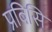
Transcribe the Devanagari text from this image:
प्रबिसि